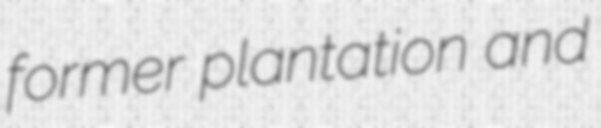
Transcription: former plantation and